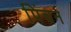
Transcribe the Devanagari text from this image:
पिंचन